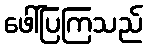
ဖေါ်ပြကြသည်